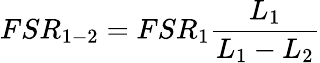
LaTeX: FSR_{1-2}=FSR_{1}\frac{L_{1}}{L_{1}-L_{2}}